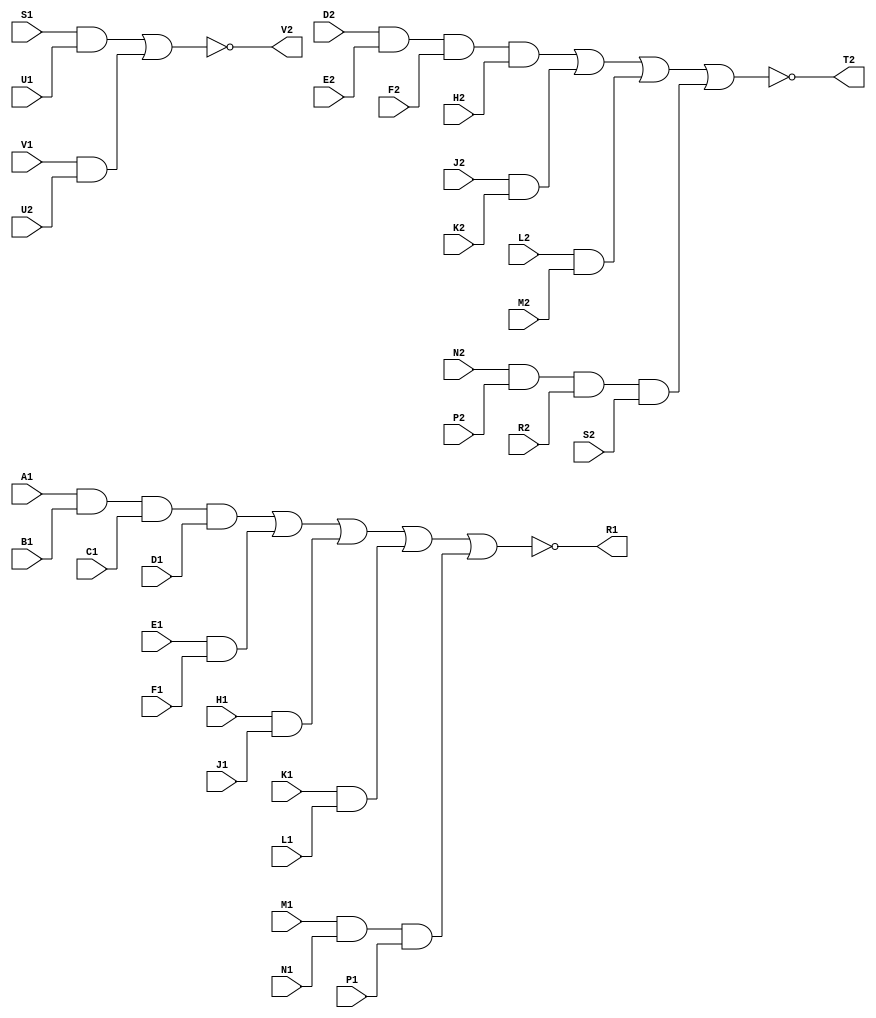
// M160 - Gate module (three AOIs)
// Kyle Owen - 13 February 2021
// Uses 7450, 7453, and 7460

module m160 (
	input A1,
	input B1,
	input C1,
	input D1,
	input E1,
	input F1,
	input H1,
	input J1,
	input K1,
	input L1,
	input M1,
	input N1,
	input P1,
	output R1,
	input S1,
	//inout T1,  // ground
	input U1,
	input V1,

	//inout A2,  // +5V
	//inout B2,  // -15V (not used)
	//inout C2,  // ground
	input D2,
	input E2,
	input F2,
	input H2,
	input J2,
	input K2,
	input L2,
	input M2,
	input N2,
	input P2,
	input R2,
	input S2,
	output T2,
	input U2,
	output V2
	);

assign R1 = !((A1 & B1 & C1 & D1) | (E1 & F1) | (H1 & J1) | (K1 & L1) | (M1 & N1 & P1));
assign T2 = !((D2 & E2 & F2 & H2) | (J2 & K2) | (L2 & M2) | (N2 & P2 & R2 & S2));
assign V2 = !((S1 & U1) | (V1 & U2));

//assign A2 = 1'b1;
//assign B2 = 1'bz;
//assign C2 = 1'b0;
//assign T1 = 1'b0;

endmodule